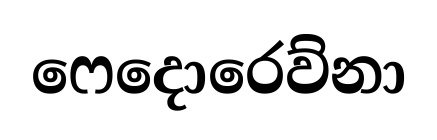
ෆෙදොරෙව්නා